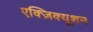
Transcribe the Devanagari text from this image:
एक्ज़िक्यूशन